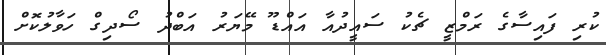
ކުރި ފައިސާގެ ރަމްޒީ ޗެކު ސައީދުއާ އައްޑޫ މޭޔަރު އަބްދު ސޯދިގް ހަވާލުކޮށް